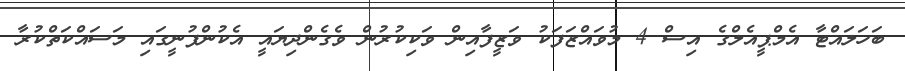
ބަހަލައްޓާ އެމްޕީއެލްގެ އިސް 4 މުވައްޒަފަކު ވަޒީފާއިން ވަކިކުރުން ވެެގެންދިޔައީ އެކުންފުނީގައި މަސަައްކަތްކުރާ